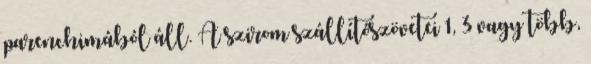
parenchimából áll. A szirom szállítószövetei 1, 3 vagy több,